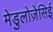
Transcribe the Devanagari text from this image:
मेडुलोज़ेसिई